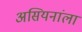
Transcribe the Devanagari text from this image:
असियनांला